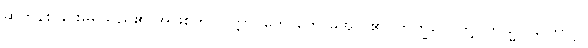
ဆုတ်နစ်ခြင်းမရှိသည်၏ အဖြစ်ကို။ ဝုတ္တာ၊ ဟောတော်မူအပ် ၏။ ဘိက္ခဝေ၊ တို့။ တသ္မာ၊ ကြောင့်။